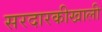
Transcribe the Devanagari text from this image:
सरदारकीखाली